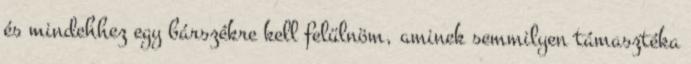
és mindehhez egy bárszékre kell felülnöm, aminek semmilyen támasztéka